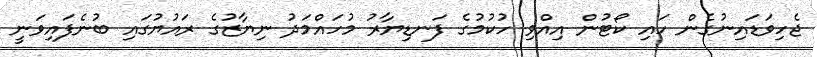
ޖެހިވަޑައިނުގެން ހައި ކޯޓުން އިއްވި ހުކުމުގެ ފަނޑިޔާރު މުހައްމަދު ނިޔާޒުގެ ރައުޔުގައި ބުނެފައިވަނީ